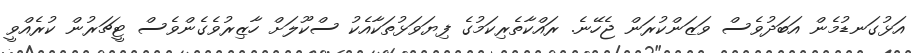
އަޅުގަނޑުމެން އަބަދުވެސް ވަޒަންކުރަން ޖެހޭނެ. ރައްކާތެރިކަމުގެ ފިޔަވަޅުތަކާއެކު ސްކޫލަށް ހާޒިރުވެގެންވެސް ޓީޗަރުން ކުރެއްވީ